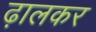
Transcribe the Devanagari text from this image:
ढ़ालकर